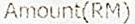
AMOUNT(RM)